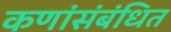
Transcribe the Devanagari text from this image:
कणांंसंबंधित